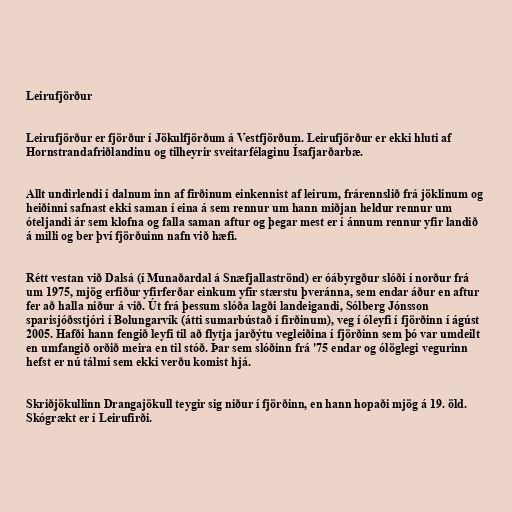
Leirufjörður

Leirufjörður er fjörður í Jökulfjörðum á Vestfjörðum. Leirufjörður er ekki hluti af
Hornstrandafriðlandinu og tilheyrir sveitarfélaginu Ísafjarðarbæ.

Allt undirlendi í dalnum inn af firðinum einkennist af leirum, frárennslið frá jöklinum og
heiðinni safnast ekki saman í eina á sem rennur um hann miðjan heldur rennur um
óteljandi ár sem klofna og falla saman aftur og þegar mest er í ánnum rennur yfir landið
á milli og ber því fjörðuinn nafn við hæfi.

Rétt vestan við Dalsá (í Munaðardal á Snæfjallaströnd) er óábyrgður slóði í norður frá
um 1975, mjög erfiður yfirferðar einkum yfir stærstu þveránna, sem endar áður en aftur
fer að halla niður á við. Út frá þessum slóða lagði landeigandi, Sólberg Jónsson
sparisjóðsstjóri í Bolungarvík (átti sumarbústað í firðinum), veg í óleyfi í fjörðinn í ágúst
2005. Hafði hann fengið leyfi til að flytja jarðýtu vegleiðina í fjörðinn sem þó var umdeilt
en umfangið orðið meira en til stóð. Þar sem slóðinn frá '75 endar og ólöglegi vegurinn
hefst er nú tálmi sem ekki verðu komist hjá.

Skriðjökullinn Drangajökull teygir sig niður í fjörðinn, en hann hopaði mjög á 19. öld.
Skógrækt er í Leirufirði.